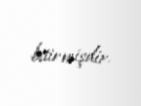
bitirmişdir.